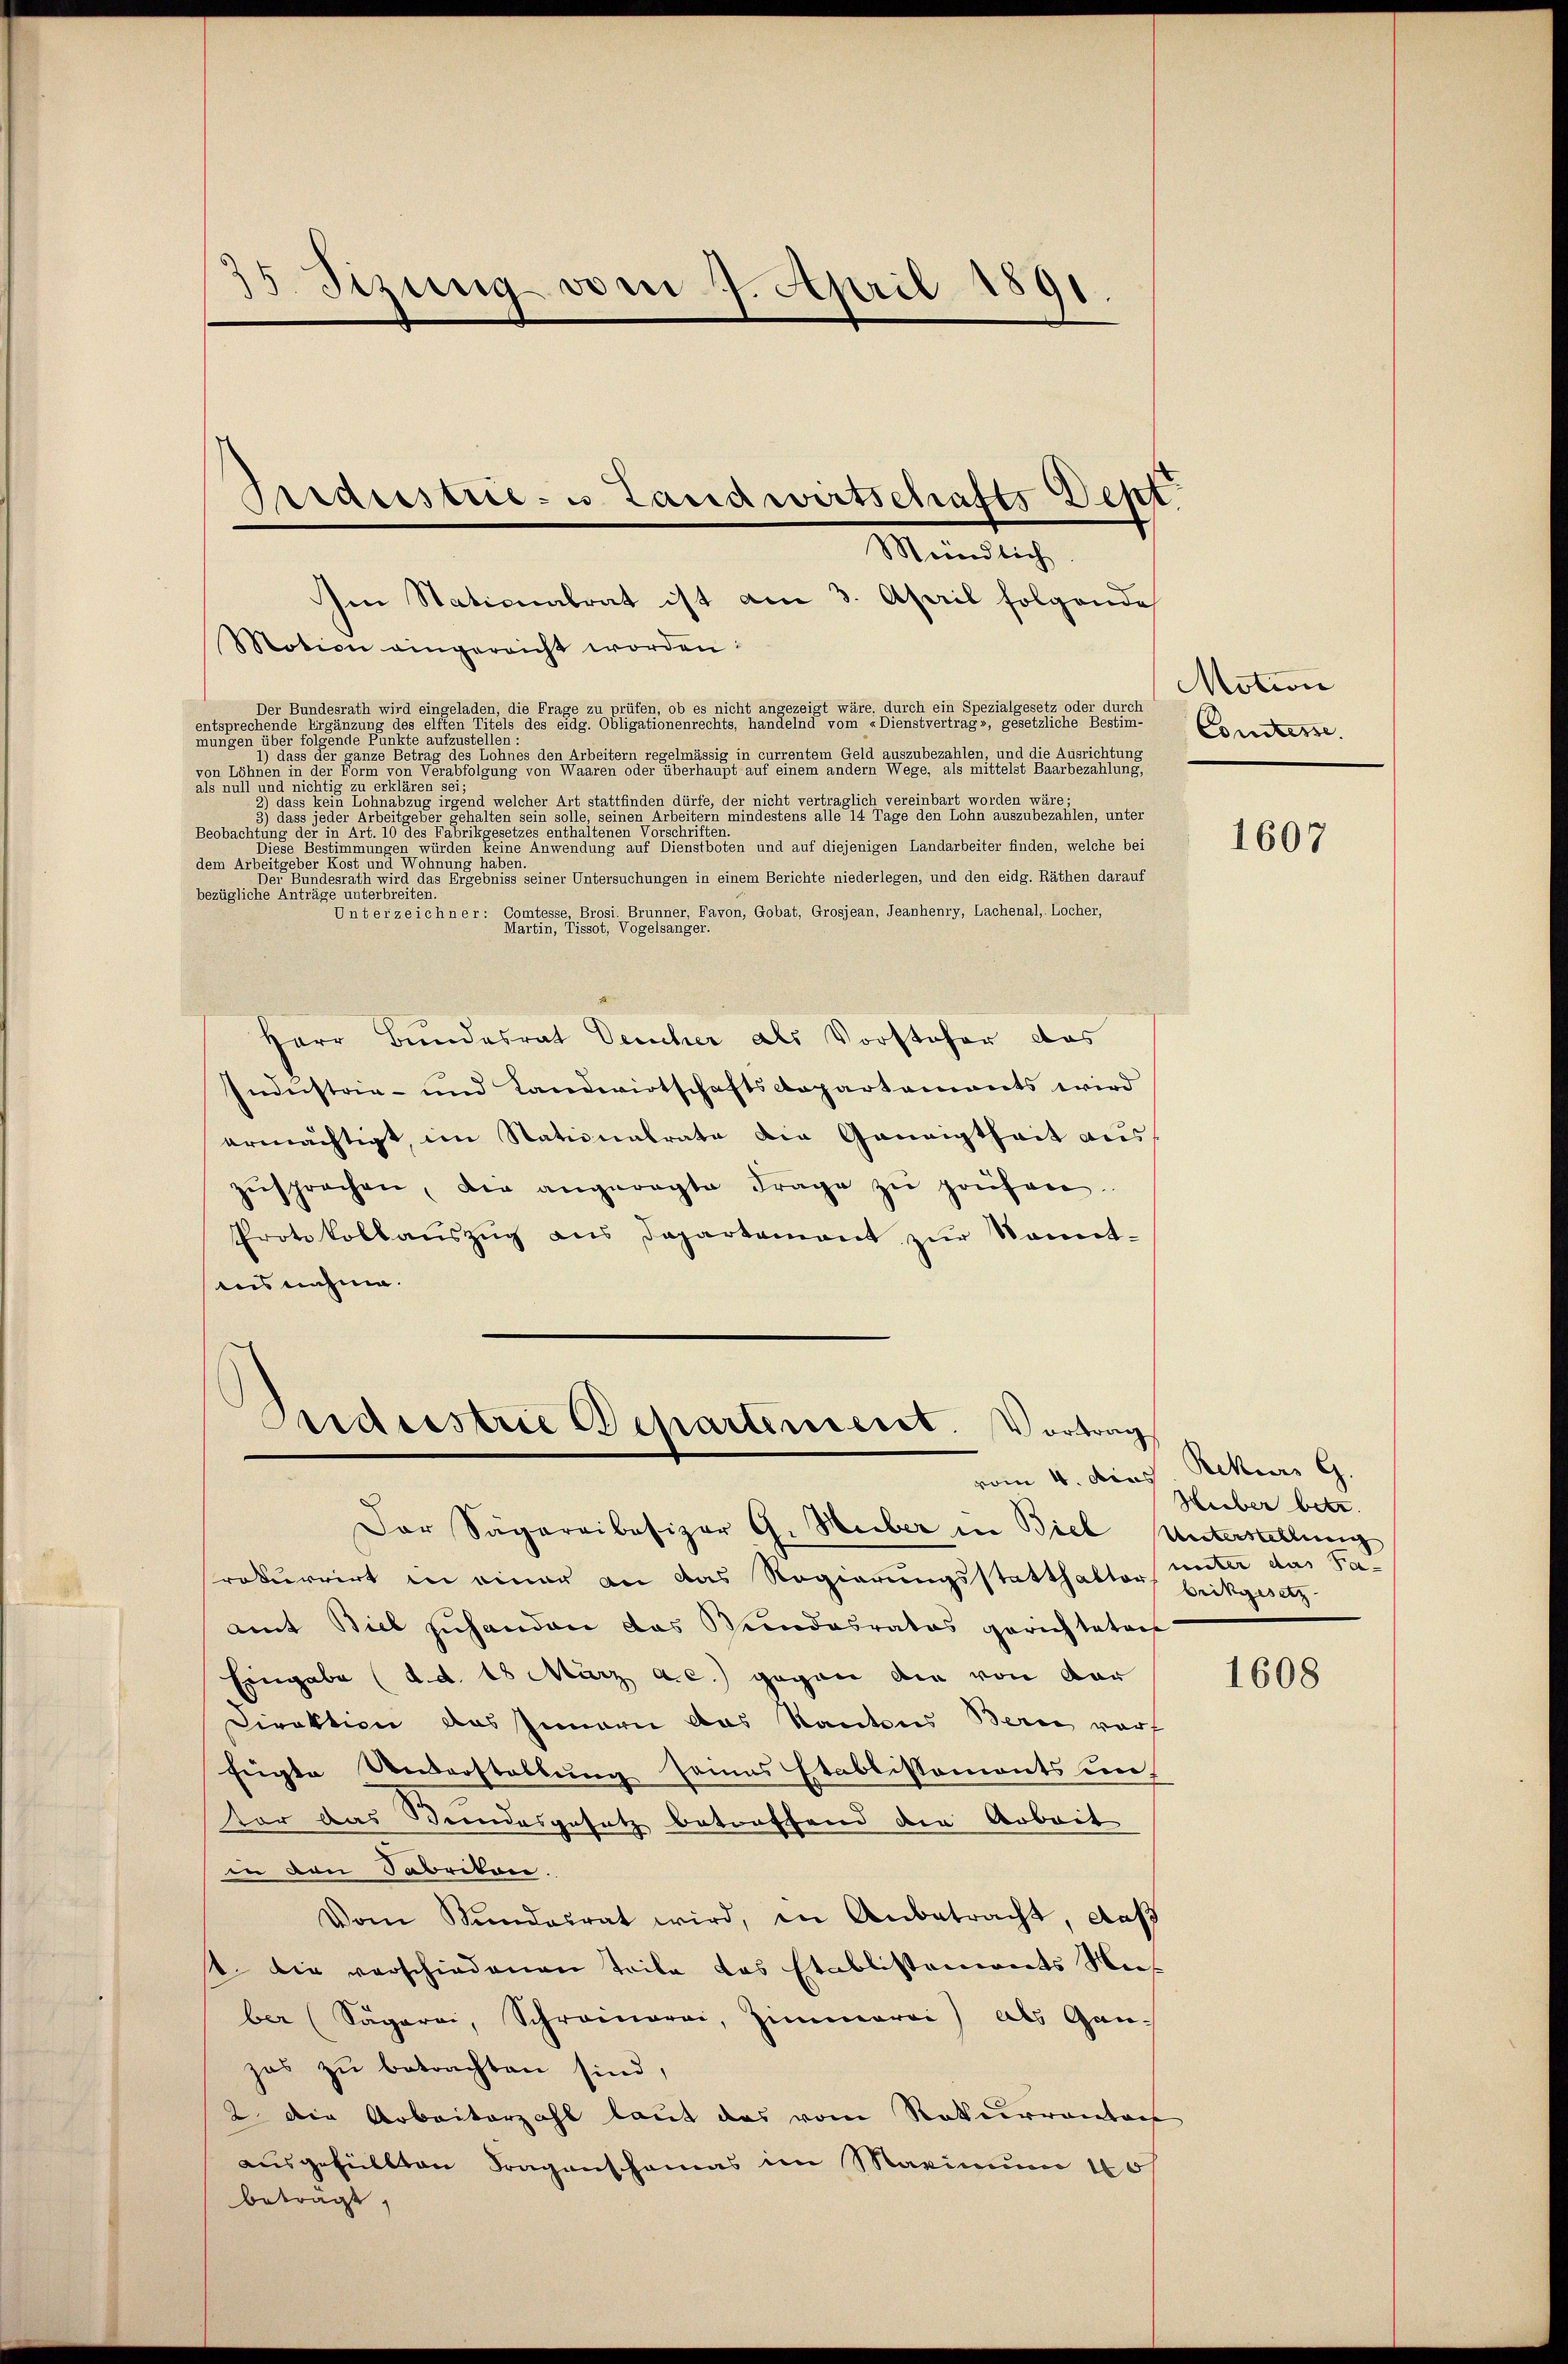
35. Sizung vom 7. April 1891
Ardristrie- u Landwirtschafts-Dept.

Meindlich

Im Stationalrat ist am 3. April folgende
Motion eingereicht worden:
Der Bundesrath wird eingeladen, die Frage zu prüfen, ob es nicht angezeigt wäre, durch ein Spezialgesetz oder durch
entsprechende Ergänzung des elte einen seite des Obligationenrechts, handelnd vom 2. Dienstvertragen eine

1) dass der ganze Betrag des Lohnes den Arbeitern regelmässig in currentem Geld auszubezahlen, und die Ausrichtung
Von der
als null und nichtig zu erklären sei;
2) dass kein Lohnabzug irgend welcher Art stattfinden dürfe, der nicht vertraglich vereinbart worden wäre
dass jeder Arbeitgeber gehalten sein solle seinen Arbeitern mindestens alle 14 Tage den Lohn auszubezahlen, unter
Beobachtung der in der in des Fabrikgesetzes enthaltenen der eine einen
Diese Bestimmungen würden keine Anwendung auf Dienstboten und auf diejenigen Landarbeiter finden, welche bei
en
Der Bundesrath wird das Ergebniss seiner Untersuchungen in einem Berichte niederlegen, und den eidg. Räthen darauf
bezügliche Anträge unterbreiten.
Unterzeichner: Comtesse Brosi. Brunner, Favon, Gobat, Grosjean, Jeanhenry, Lachenal, Locher,
Martin, Tissot, Vogelsänger.
Herr Bundesrat Deucher als Vorsteher das
Industrie- und Landwirtschaftsdepartements wird
ermächtigt, im Stationalrate die Geneigtheit aus
zŭsprochen, die angeregte Frage zŭ prüfen.
Protokollaŭszŭg ans Departement zŭr Sonnt-
insnahme.

Briderstrie Departiment. Vortrag

Motion
Comtesse.

Der Sägereibesizer G. Huber in Biel Unterstellung
rokurrirt in einer an das Regierungsstatthalter mitte das S
amt Biel zuhanden das Bundesrates gerichteten
Eingabe (d. d. 18 März a.c. gegen die von dar
Direktion das Innern das Kantons Bern vorf
fügte Unverstellung seines Etablissements un-
tor das Bundesgesetz betreffend der Arbeit
in den Fabrikon.
Vom Mundesrat wird, in Anbetracht, daβ
t. Die verschiedenen Teile das Etablistements Nies
ber (Sägerei, Schreinarai, Zimmerei) als Gan-
zas zu betrachten sind,
2 die Arbeiterzahl laut das vom Rotherrenbach
ausgefüllten Fragenschamas im Maximum 10/
beträgt,

1607

vom 4. dens. Rekurs 9.
Heiber betr.
brikgesetz

1608